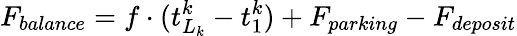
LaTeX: F_{balance}=f\cdot(t_{L_{k}}^{k}-t_{1}^{k})+F_{parking}-F_{deposit}